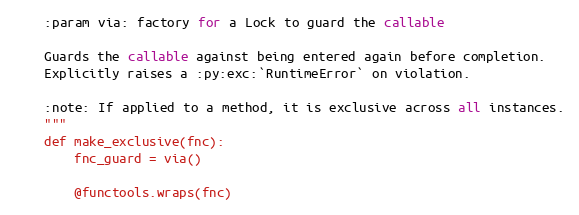
Language: Python
    :param via: factory for a Lock to guard the callable

    Guards the callable against being entered again before completion.
    Explicitly raises a :py:exc:`RuntimeError` on violation.

    :note: If applied to a method, it is exclusive across all instances.
    """
    def make_exclusive(fnc):
        fnc_guard = via()

        @functools.wraps(fnc)